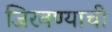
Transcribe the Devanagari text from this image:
जिरवण्याची